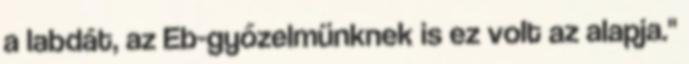
a labdát, az Eb-győzelmünknek is ez volt az alapja."